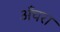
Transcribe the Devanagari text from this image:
अँचरा